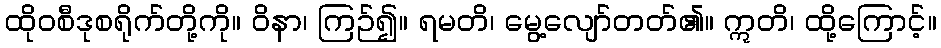
ထိုဝစီဒုစရိုက်တို့ကို။ ဝိနာ၊ ကြဉ်၍။ ရမတိ၊ မွေ့လျော်တတ်၏။ ဣတိ၊ ထို့ကြောင့်။